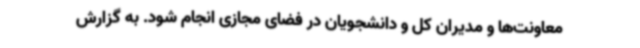
معاونت‌ها و مدیران کل و دانشجویان در فضای مجازی انجام شود. به گزارش